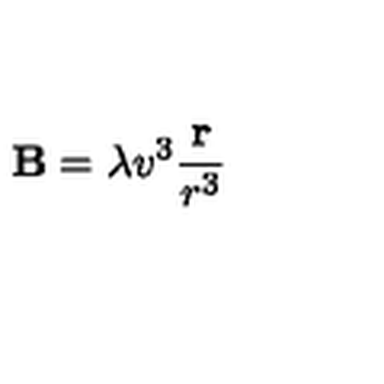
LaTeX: { \bf B } = \lambda v ^ { 3 } { \frac { \bf r } { r ^ { 3 } } }